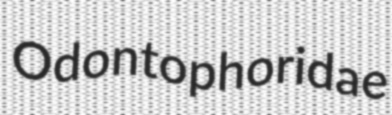
Odontophoridae